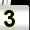
Digit: 3